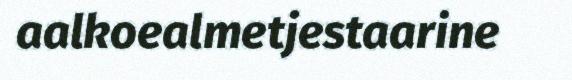
aalkoealmetjestaarine